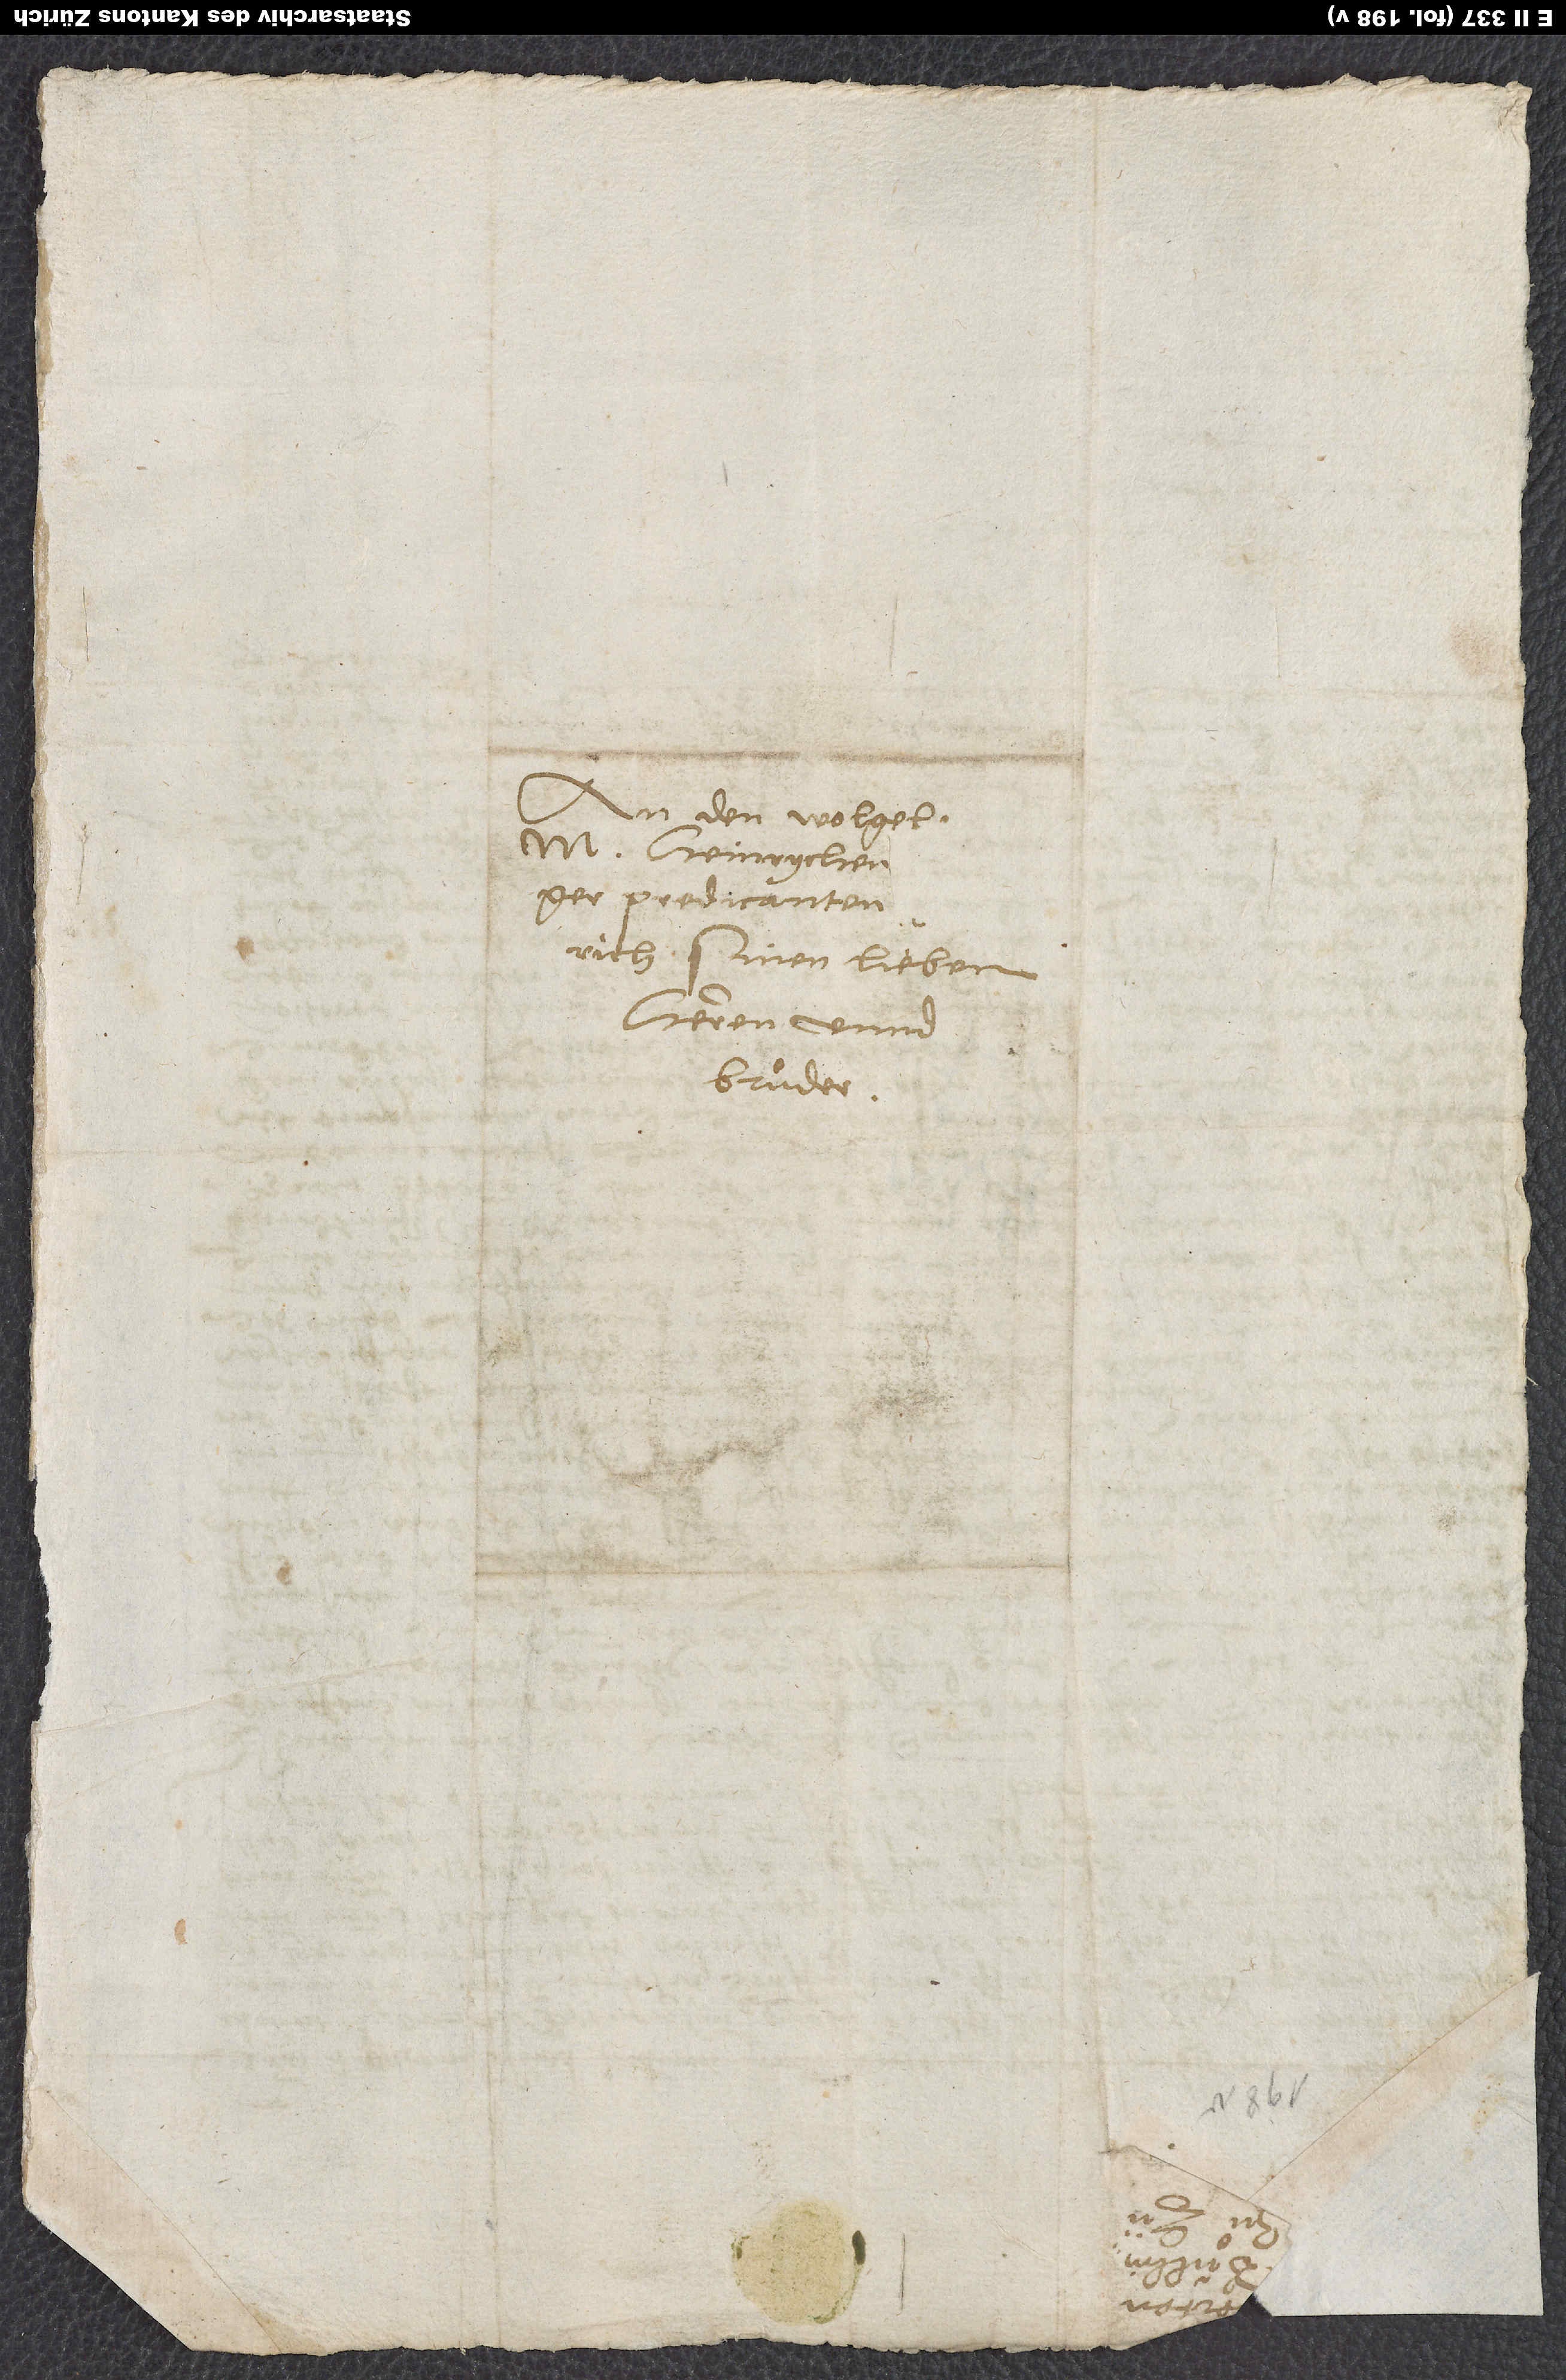
An den wolgelerten
M. Heinrychen
predicanten
Zürich, sinen lieben
herren unnd
bruͦder.